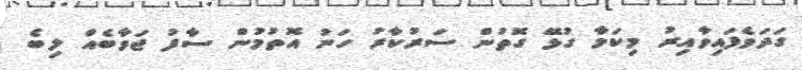
ގަދަވެފައިވާއިރު މިކަމާ ގުޅޭ ގޮތުން ސަރުކާރު ހަނު އޮތުމުން ސާފު ޖަވާބެއް ލިބެ